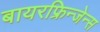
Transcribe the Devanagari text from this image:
बायरफ्रिन्जेन्स